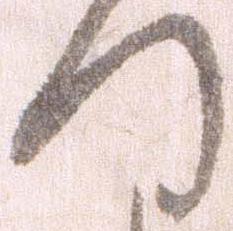
つ